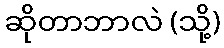
ဆိုတာဘာလဲ (သို့)